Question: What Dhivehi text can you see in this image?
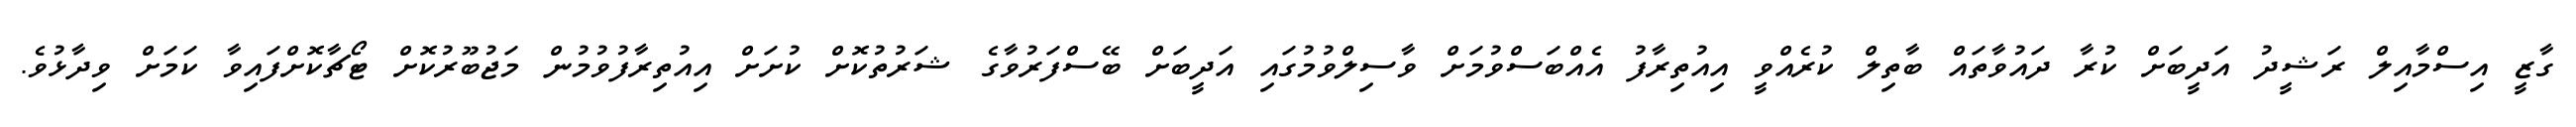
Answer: ގާޒީ އިސްމާއިލް ރަޝީދު އަދީބަށް ކުރާ ދައުވާތައް ބާތިލް ކުރެއްވީ އިއުތިރާފު އެއްބަސްވުމަށް ވާސިލްވުމުގައި އަދީބަށް ބޭސްފަރުވާގެ ޝަރުތުކޮށް ކުށަށް އިއުތިރާފުވުމުން މަޖުބޫރުކޮށް ޓޯޗާކޮށްފައިވާ ކަމަށް ވިދާޅުވެ.